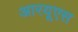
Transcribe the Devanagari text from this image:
आरयूएस